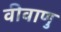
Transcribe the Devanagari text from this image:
वीवाणु